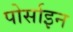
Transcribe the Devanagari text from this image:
पोर्साइन